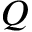
Q